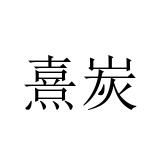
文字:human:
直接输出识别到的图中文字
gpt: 熹炭